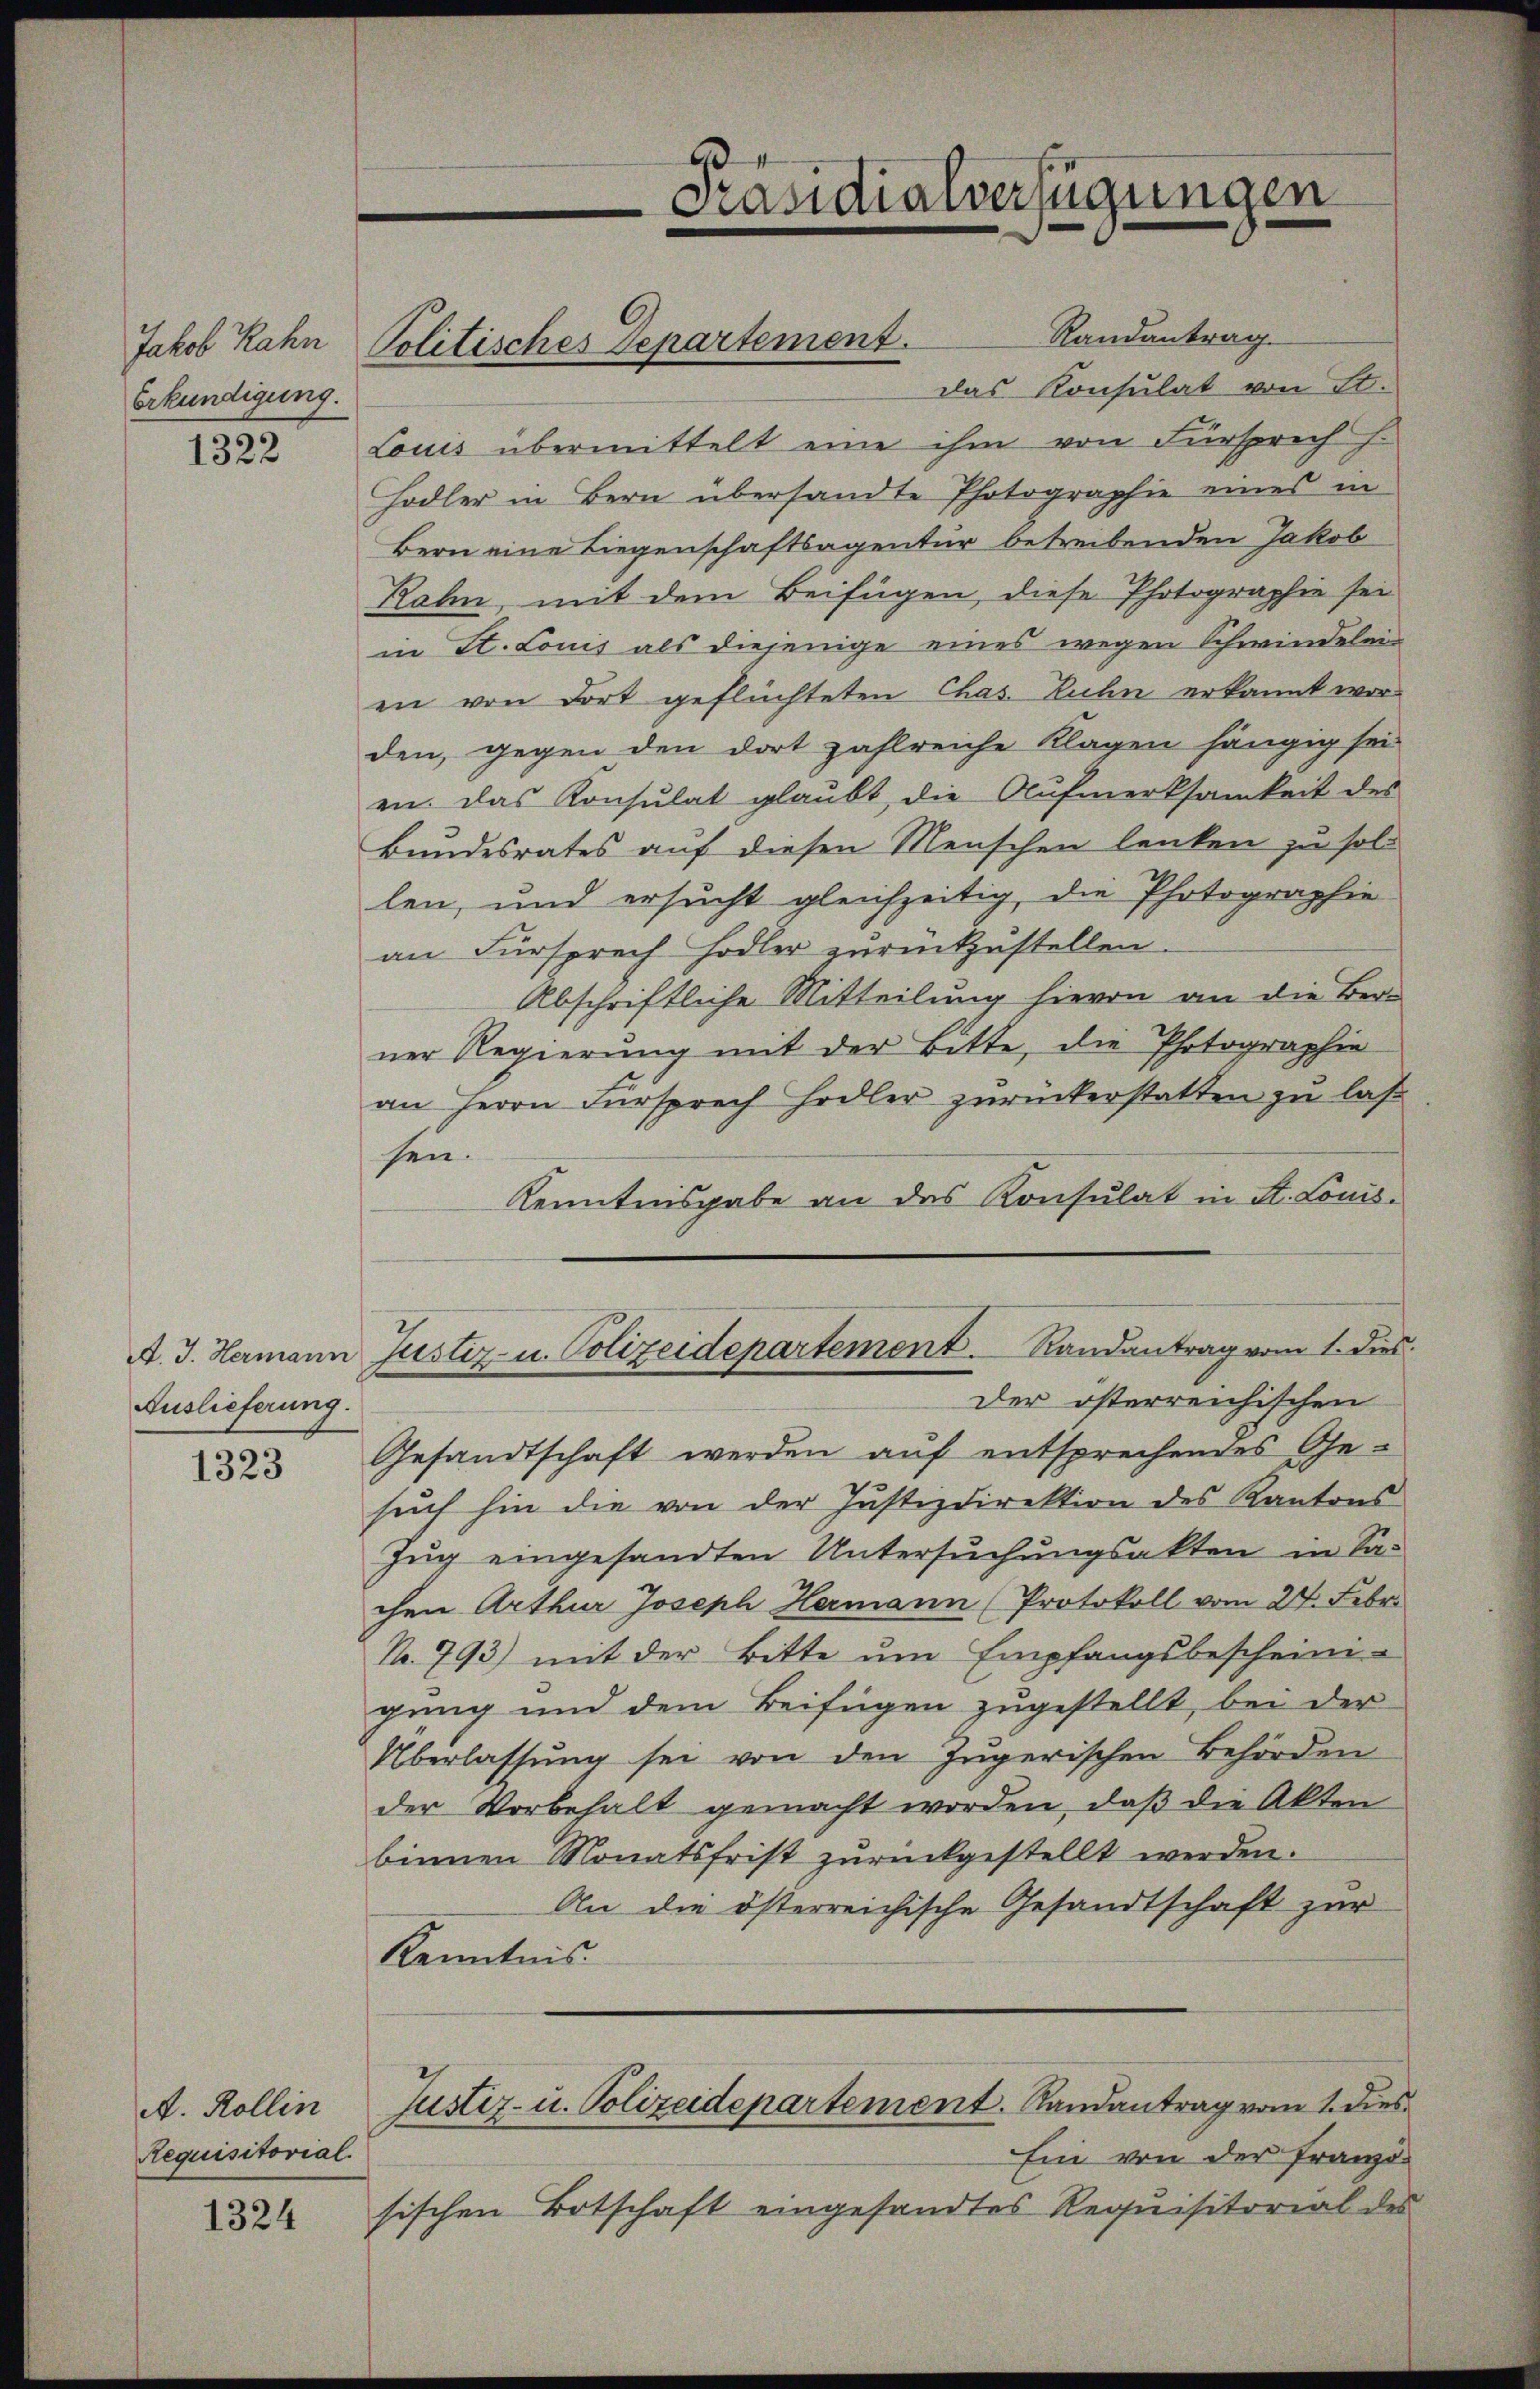
Jakob Rahn
Erkundigung.

1322

Auslieferung.

1323

A. Rollin
Requisitorial.

1324

Politisches Departement.

Präsidialverfügungen

Randantrag.
das Konsulat von St.
Louis übermittelt eine ihm von Fürsprech
Hodler in Bern übersandte Photographie eines in
Bern eine Liegenschaftsagentur betreibenden Jakob
Rahn, mit dem Beifügen, diese Photographie sei
in St. Louis als diejenige eines wegen Schwindelair
en von dort geflüchteten Chas. Kuhn erkannt worden, gegen den dort zahlreiche Klagen hängig sei
en. Das Konsulat glaubt, die Aufmerksamkeit des
Bundesrates auf diesen Menschen lenken zu soll
len, und ersucht gleichzeitig, die Photographie
an Fürsprech Hodler zurückzustellen.
Abschriftliche Mitteilung hievon an die Bere
ner Regierung mit der Bitte, die Photographie
an Herrn Fürsprech Hodler zurückerstatten zu las
sen.
Kenntnisgabe an das Konsulat in St. Louis-
A. J. Hermann Justiz- u. Polizeidepartement. Randantrag vom 1. Dies
der österreichischen
Gesandtschaft werden auf entsprechendes Ge-
sŭch hin die von der Justizdirektion des Kantons
Zug eingesandten Untersŭchŭngsakten in Sa-
chen Arthur Joseph Hermann (Protokoll vom 24. Febr.
No. 793) mit der Bitte ŭm Empfangsbescheini-
gung und dem Beifügen zugestellt, bei der
Überlassung sei von den Zugerischen Behörden
der Vorbehalt gemacht worden, daß die Akten
binnen Monatsfrist zurückgestellt werden.
An die österreichische Gesandtschaft zur
Kenntnis.
Justiz- u. Polizeidepartement. Randantrag vom 1. dies
Ein von der Französischen Botschaft eingesandtes Requisitorial des